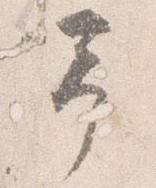
予